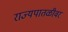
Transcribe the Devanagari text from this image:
राज्यपातळीवर